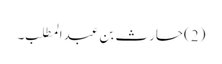
(2)حارث بن عبدالمطلب ۔